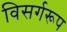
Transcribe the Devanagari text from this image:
विसर्गरूप